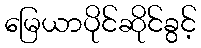
မြေယာပိုင်ဆိုင်ခွင့်